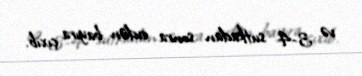
və 3-4 sutkadan sonra evdən bayıra çıxıb.